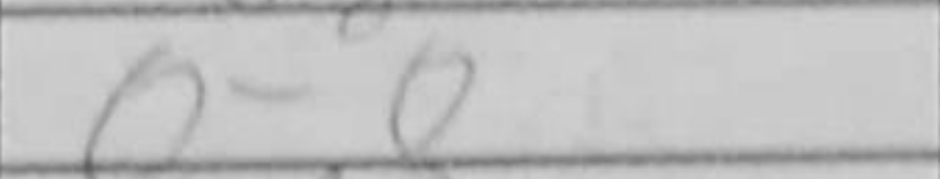
Transcription: O-O